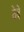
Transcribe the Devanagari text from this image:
ठेवे